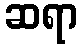
ဆရာ